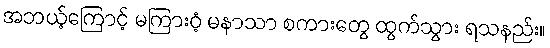
အဘယ့်ကြောင့် မကြားဝံ့ မနာသာ စကားတွေ ထွက်သွား ရသနည်း။